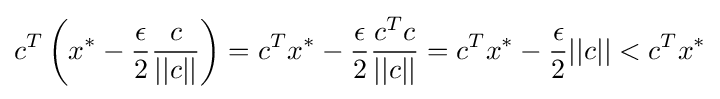
c^{T}\left(x^{\ast }-{\frac {\epsilon }{2}}{\frac {c}{||c||}}\right)=c^{T}x^{\ast }-{\frac {\epsilon }{2}}{\frac {c^{T}c}{||c||}}=c^{T}x^{\ast }-{\frac {\epsilon }{2}}||c||<c^{T}x^{\ast }